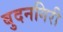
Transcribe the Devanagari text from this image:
बुदनगिरी